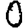
Digit: 0